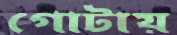
গোটায়